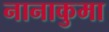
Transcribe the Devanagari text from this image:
नानाकुमा